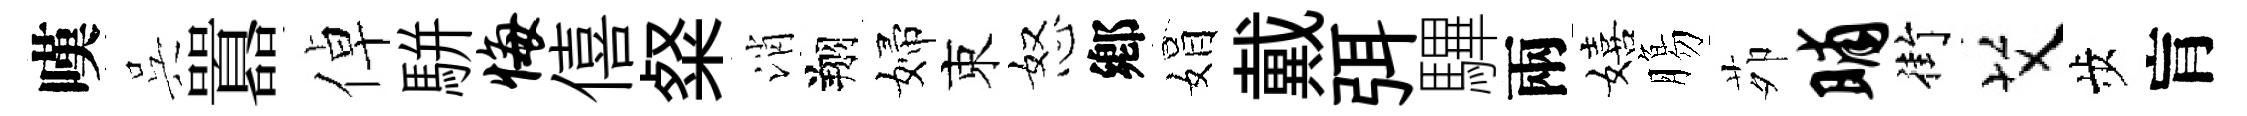
嘆呉囂倬駢悔僖粲消翔婦束怒鄕娟戴弭驆兩嬉膓茆晡街艾歩肓